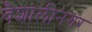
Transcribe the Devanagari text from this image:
वैशालीनगर